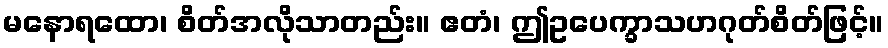
မနောရထော၊ စိတ်အလိုသာတည်း။ ဧတံ၊ ဤဥပေက္ခာသဟဂုတ်စိတ်ဖြင့်။